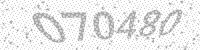
Solution: 070480